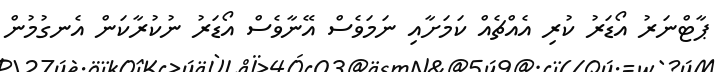
ޕާޓްނަރު އޯޑަރު ކުރި އެއްޗެއް ކަމަށާއި ނަމަވެސް އޭނާވެސް އޯޑަރު ނުކުރާކަން އެނގުމުން